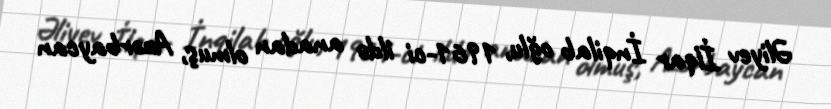
Əliyev İlqar İnqilab oğlu, 1961-ci ildə anadan olmuş, Azərbaycan